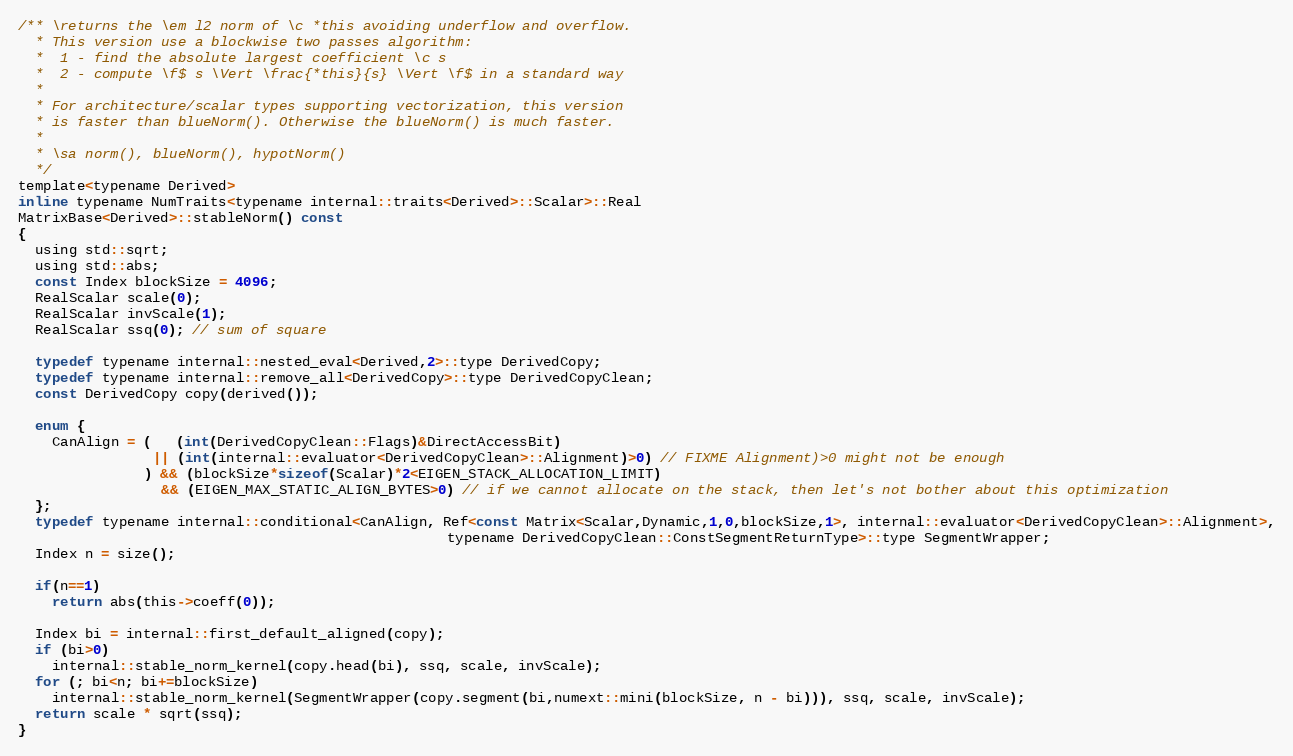
Language: C
/** \returns the \em l2 norm of \c *this avoiding underflow and overflow.
  * This version use a blockwise two passes algorithm:
  *  1 - find the absolute largest coefficient \c s
  *  2 - compute \f$ s \Vert \frac{*this}{s} \Vert \f$ in a standard way
  *
  * For architecture/scalar types supporting vectorization, this version
  * is faster than blueNorm(). Otherwise the blueNorm() is much faster.
  *
  * \sa norm(), blueNorm(), hypotNorm()
  */
template<typename Derived>
inline typename NumTraits<typename internal::traits<Derived>::Scalar>::Real
MatrixBase<Derived>::stableNorm() const
{
  using std::sqrt;
  using std::abs;
  const Index blockSize = 4096;
  RealScalar scale(0);
  RealScalar invScale(1);
  RealScalar ssq(0); // sum of square

  typedef typename internal::nested_eval<Derived,2>::type DerivedCopy;
  typedef typename internal::remove_all<DerivedCopy>::type DerivedCopyClean;
  const DerivedCopy copy(derived());

  enum {
    CanAlign = (   (int(DerivedCopyClean::Flags)&DirectAccessBit)
                || (int(internal::evaluator<DerivedCopyClean>::Alignment)>0) // FIXME Alignment)>0 might not be enough
               ) && (blockSize*sizeof(Scalar)*2<EIGEN_STACK_ALLOCATION_LIMIT)
                 && (EIGEN_MAX_STATIC_ALIGN_BYTES>0) // if we cannot allocate on the stack, then let's not bother about this optimization
  };
  typedef typename internal::conditional<CanAlign, Ref<const Matrix<Scalar,Dynamic,1,0,blockSize,1>, internal::evaluator<DerivedCopyClean>::Alignment>,
                                                   typename DerivedCopyClean::ConstSegmentReturnType>::type SegmentWrapper;
  Index n = size();

  if(n==1)
    return abs(this->coeff(0));

  Index bi = internal::first_default_aligned(copy);
  if (bi>0)
    internal::stable_norm_kernel(copy.head(bi), ssq, scale, invScale);
  for (; bi<n; bi+=blockSize)
    internal::stable_norm_kernel(SegmentWrapper(copy.segment(bi,numext::mini(blockSize, n - bi))), ssq, scale, invScale);
  return scale * sqrt(ssq);
}